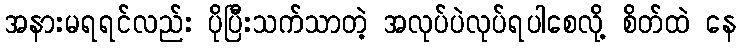
အနားမရရင်လည်း ပိုပြီးသက်သာတဲ့ အလုပ်ပဲလုပ်ရပါစေလို့ စိတ်ထဲ နေ